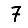
Digit: 7